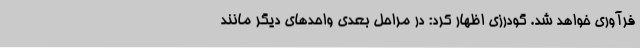
فرآوری خواهد شد. گودرزی اظهار کرد: در مراحل بعدی واحدهای دیگر مانند